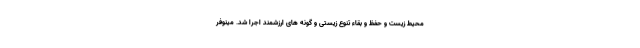
محیط زیست و حفظ و بقاء تنوع زیستی و گونه های ارزشمند اجرا شد. مینوفر